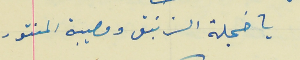
يا خجلة الزنبق ومصيبة المنتور